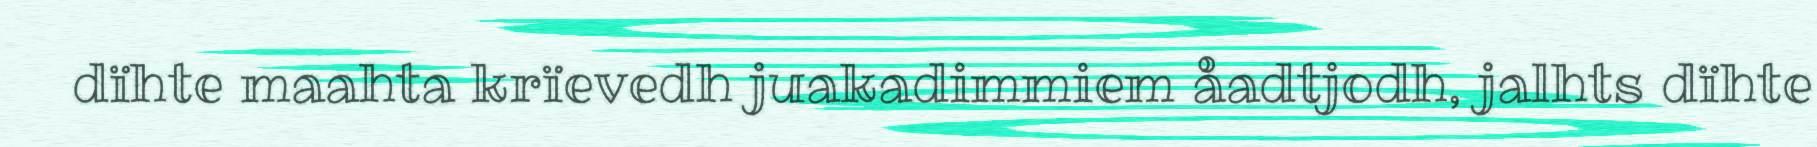
dïhte maahta krïevedh juakadimmiem åadtjodh, jalhts dïhte